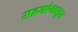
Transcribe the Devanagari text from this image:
सहयोगातून